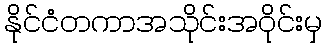
နိုင်ငံတကာအသိုင်းအဝိုင်းမှ